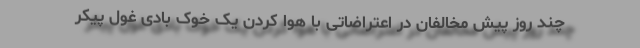
چند روز پیش مخالفان در اعتراضاتی با هوا کردن یک خوک بادی غول پیکر